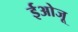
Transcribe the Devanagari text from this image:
ईओजू